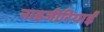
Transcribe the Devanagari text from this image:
नाइजीरियाईं